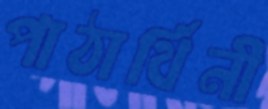
পাঠার্থিনী